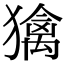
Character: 𤢌